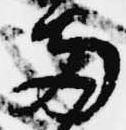
両